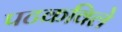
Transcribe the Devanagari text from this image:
पटकविले